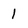
Character: 1